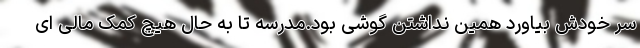
سر خودش بیاورد همین نداشتن گوشی بود.مدرسه تا به حال هیچ کمک مالی ای